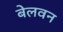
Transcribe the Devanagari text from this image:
बेलवन